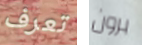
تعرف برون